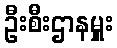
ဦးစီးဌာနမှူး